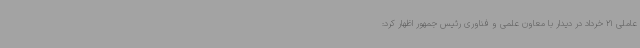
عاملی 21 خرداد در دیدار با معاون علمی و فناوری رئیس جمهور اظهار کرد: